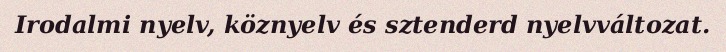
Irodalmi nyelv, köznyelv és sztenderd nyelvváltozat.